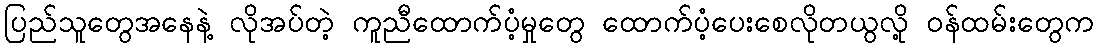
ပြည်သူတွေအနေနဲ့ လိုအပ်တဲ့ ကူညီထောက်ပံ့မှုတွေ ထောက်ပံ့ပေးစေလိုတယွလို့ ၀န်ထမ်းတွေက